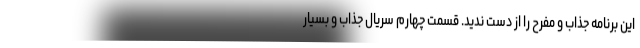
این برنامه جذاب و مفرح را از دست ندید. قسمت چهارم سریال جذاب و بسیار